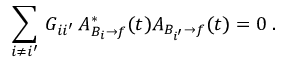
\sum _ { i \not = i ^ { \prime } } \, G _ { i i ^ { \prime } } \, A _ { B _ { i } \to f } ^ { * } ( t ) A _ { B _ { i ^ { \prime } } \to f } ( t ) = 0 \; .